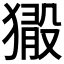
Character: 𤡘